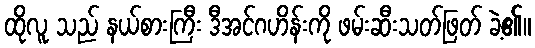
ထိုလူ သည် နယ်စားကြီး ဒီအင်ဂဟိန်းကို ဖမ်းဆီးသတ်ဖြတ် ခဲ့၏။